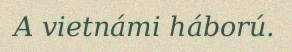
A vietnámi háború.